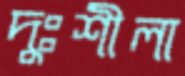
দুঃশীলা